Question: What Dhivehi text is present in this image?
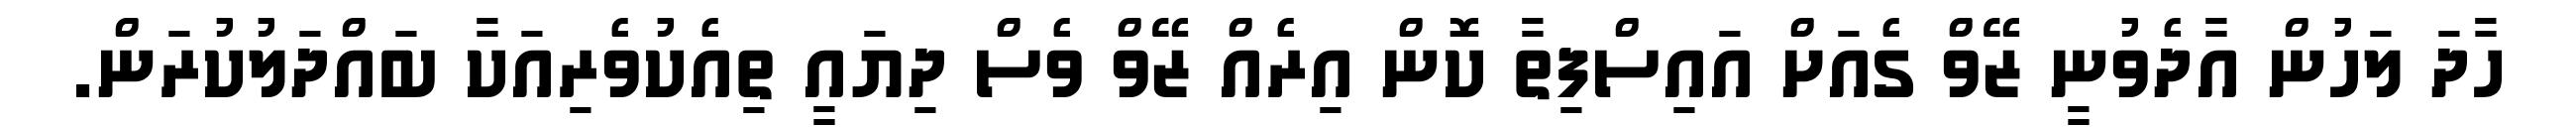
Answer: ހާދަ ލަހުން އާދެވުނީ ޒޭވް ގެއަށް އައިސްފިތާ ކޮން އިރެއް ޒޭވް ވެސް ދިޔައީ ތިއެކުވެރިއަކާ ބައްދަލުކުރަން.